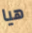
هيا